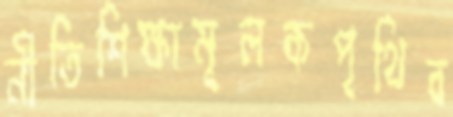
নীতিশিক্ষামূলকপৃথিব